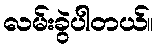
လမ်းခွဲပါတယ်။